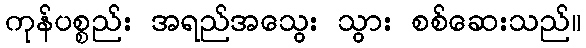
ကုန်ပစ္စည်း အရည်အသွေး သွား စစ်ဆေးသည်။